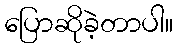
ပြောဆိုခဲ့တာပါ။